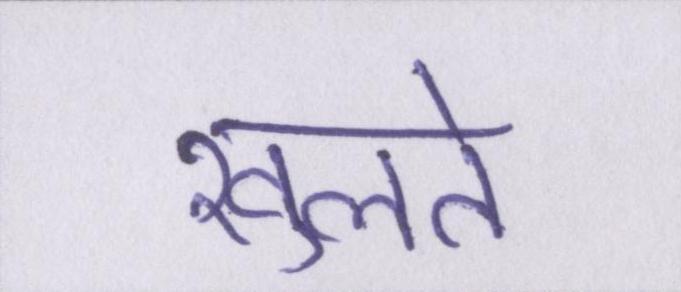
खुलते